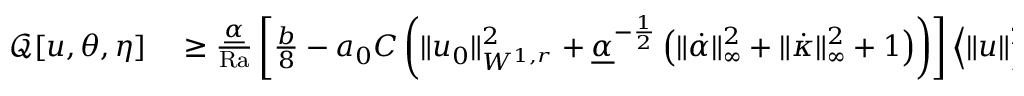
\begin{array} { r l } { \mathcal { Q } [ u , \theta , \eta ] } & { { } \geq \frac { \underline { { \alpha } } } { \mathrm { { R a } } } \left[ \frac { b } { 8 } - a _ { 0 } C \left( \| u _ { 0 } \| _ { W ^ { 1 , r } } ^ { 2 } + \underline { { \alpha } } ^ { - \frac { 1 } { 2 } } \left( \| \dot { \alpha } \| _ { \infty } ^ { 2 } + \| \dot { \kappa } \| _ { \infty } ^ { 2 } + 1 \right) \right) \right] \left\langle \| u \| _ { H ^ { 1 } } ^ { 2 } \right\rangle } \end{array}